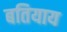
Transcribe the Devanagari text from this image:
बतियाय